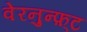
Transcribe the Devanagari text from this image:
वेरनुन्फ़्ट